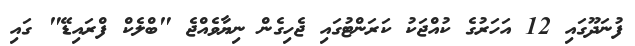
ފުނަދޫގައި 12 އަހަރުގެ ކުއްޖަކު ކަރަންޓުގައި ޖެހިގެން ނިޔާވެއްޖެ "ބްލެކް ފްރައިޑޭ" ގައި